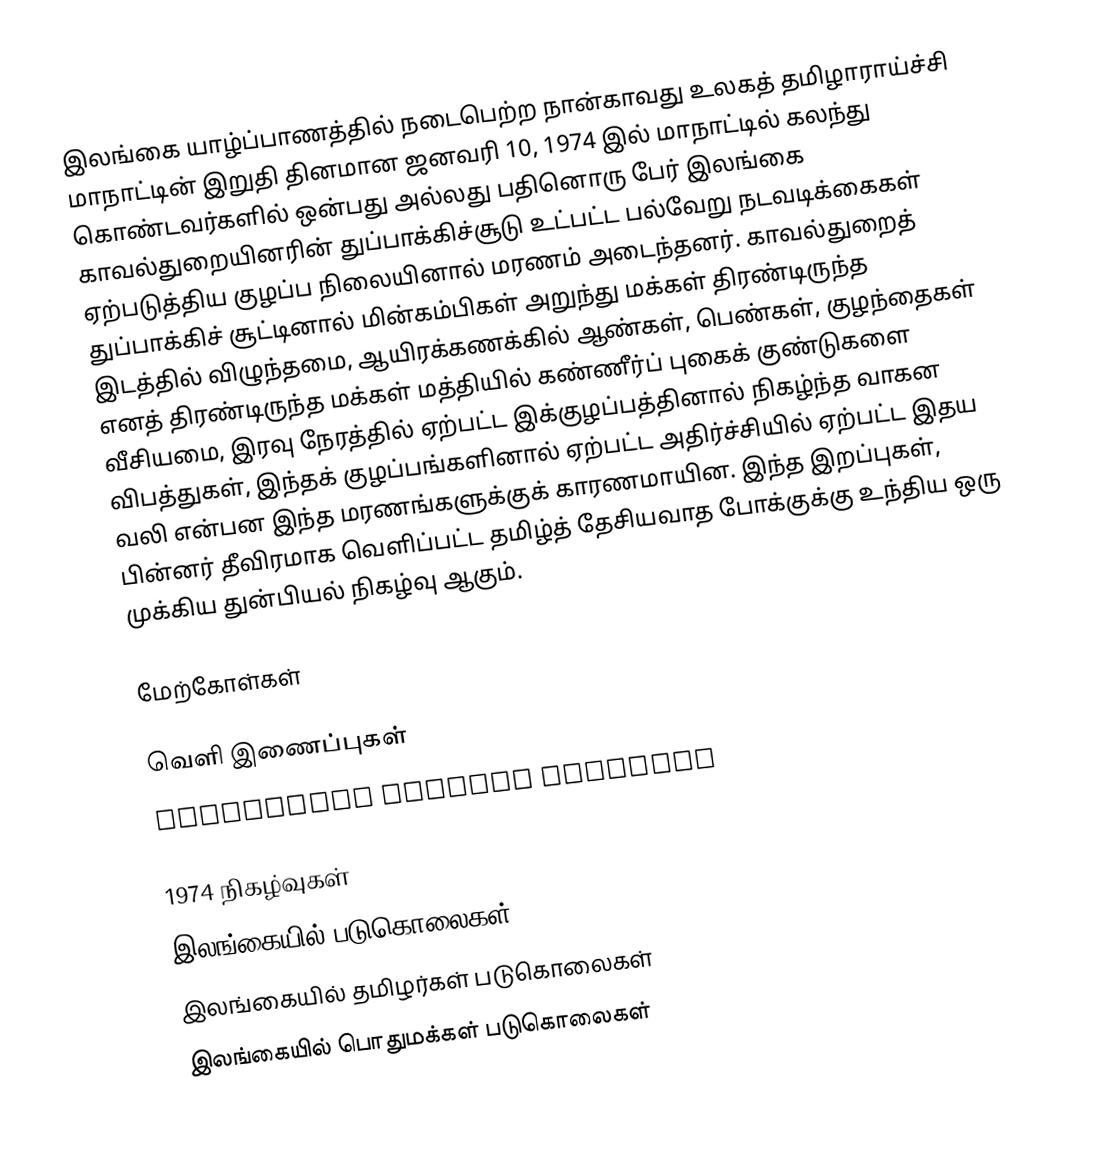
இலங்கை யாழ்ப்பாணத்தில் நடைபெற்ற நான்காவது உலகத் தமிழாராய்ச்சி மாநாட்டின் இறுதி தினமான ஜனவரி 10, 1974 இல் மாநாட்டில் கலந்து கொண்டவர்களில் ஒன்பது அல்லது பதினொரு பேர் இலங்கை காவல்துறையினரின் துப்பாக்கிச்சூடு உட்பட்ட பல்வேறு நடவடிக்கைகள் ஏற்படுத்திய குழப்ப நிலையினால் மரணம் அடைந்தனர். காவல்துறைத் துப்பாக்கிச் சூட்டினால் மின்கம்பிகள் அறுந்து மக்கள் திரண்டிருந்த இடத்தில் விழுந்தமை, ஆயிரக்கணக்கில் ஆண்கள், பெண்கள், குழந்தைகள் எனத் திரண்டிருந்த மக்கள் மத்தியில் கண்ணீர்ப் புகைக் குண்டுகளை வீசியமை, இரவு நேரத்தில் ஏற்பட்ட இக்குழப்பத்தினால் நிகழ்ந்த வாகன விபத்துகள், இந்தக் குழப்பங்களினால் ஏற்பட்ட அதிர்ச்சியில் ஏற்பட்ட இதய வலி என்பன இந்த மரணங்களுக்குக் காரணமாயின. இந்த இறப்புகள், பின்னர் தீவிரமாக வெளிப்பட்ட தமிழ்த் தேசியவாத போக்குக்கு உந்திய ஒரு முக்கிய துன்பியல் நிகழ்வு ஆகும்.

மேற்கோள்கள்

வெளி இணைப்புகள்
 Indictment Against Srilanka

1974 நிகழ்வுகள்
இலங்கையில் படுகொலைகள்
இலங்கையில் தமிழர்கள் படுகொலைகள்
இலங்கையில் பொதுமக்கள் படுகொலைகள்